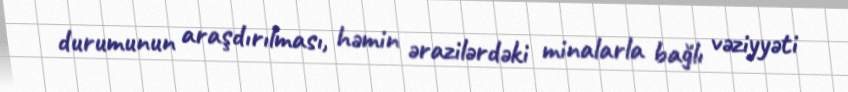
durumunun araşdırılması, həmin ərazilərdəki minalarla bağlı vəziyyəti